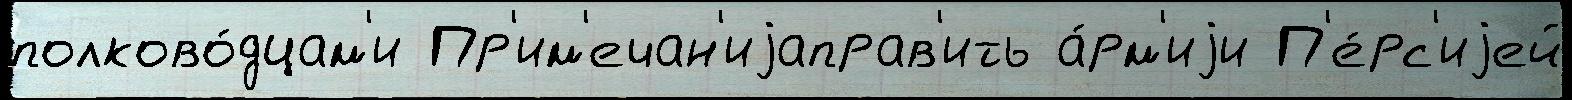
полково́дцам'и Пр'им'ечан'иjаправ'ить а́рм'иjи П'е́рс'иjей